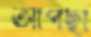
আপছা